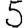
Digit: 5